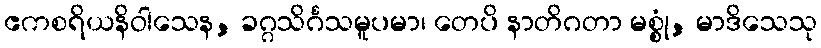
ဧကစရိယနိဝါသေန, ခဂ္ဂသိင်္ဂသမူပမာ၊ တေပိ နာတိဂတာ မစ္စုံ, မာဒိသေသု